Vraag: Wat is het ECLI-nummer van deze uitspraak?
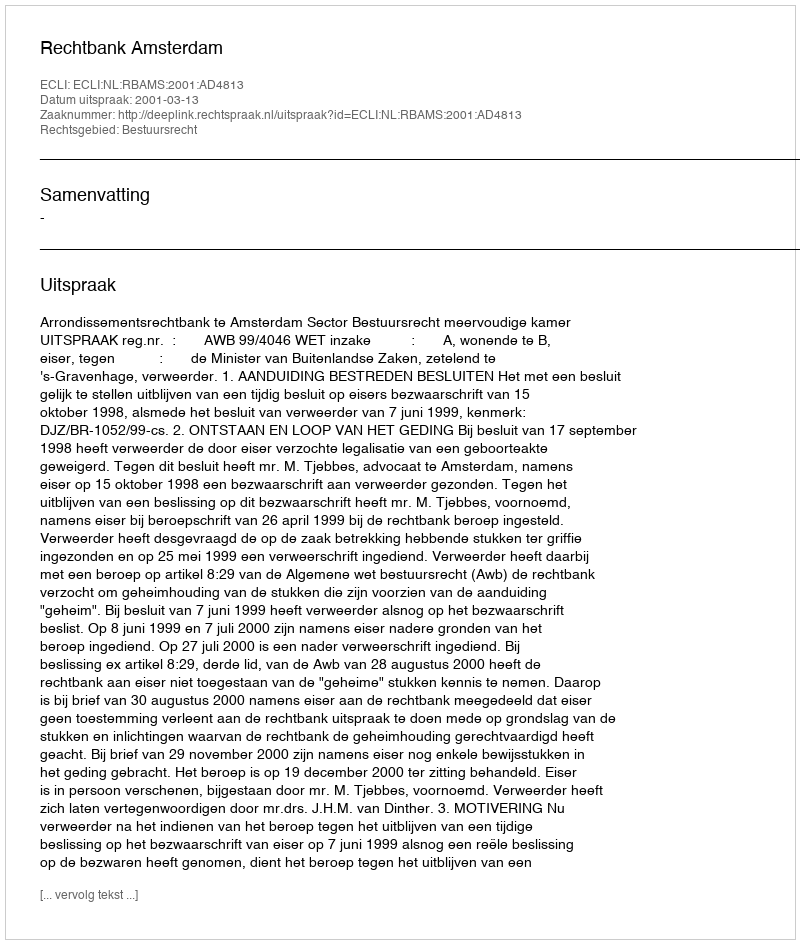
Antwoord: ECLI:NL:RBAMS:2001:AD4813